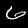
Label: 6